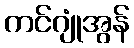
ကင်ဂျုံအွန်